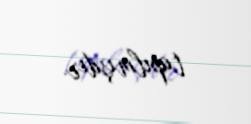
tapılmışdır.